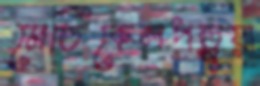
মেডিকেলপড়ুয়া